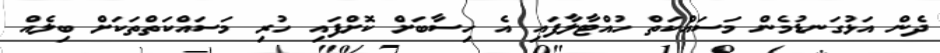
ދެން އަޅުގަނޑުމެން މަސައްކަތް ހުއްޓާލާފައި އެ ހިސާބަށް ކޮށްފައި ހުރި މަސައްކަތްތަކަށް ބިލެއް